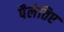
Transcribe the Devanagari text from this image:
पैलेतिए